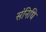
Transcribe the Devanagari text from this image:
संनिधि